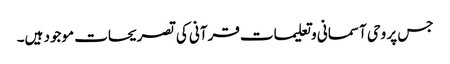
جس پر وحی آسمانی و تعلیمات قرآنی کی تصریحات موجود ہیں۔